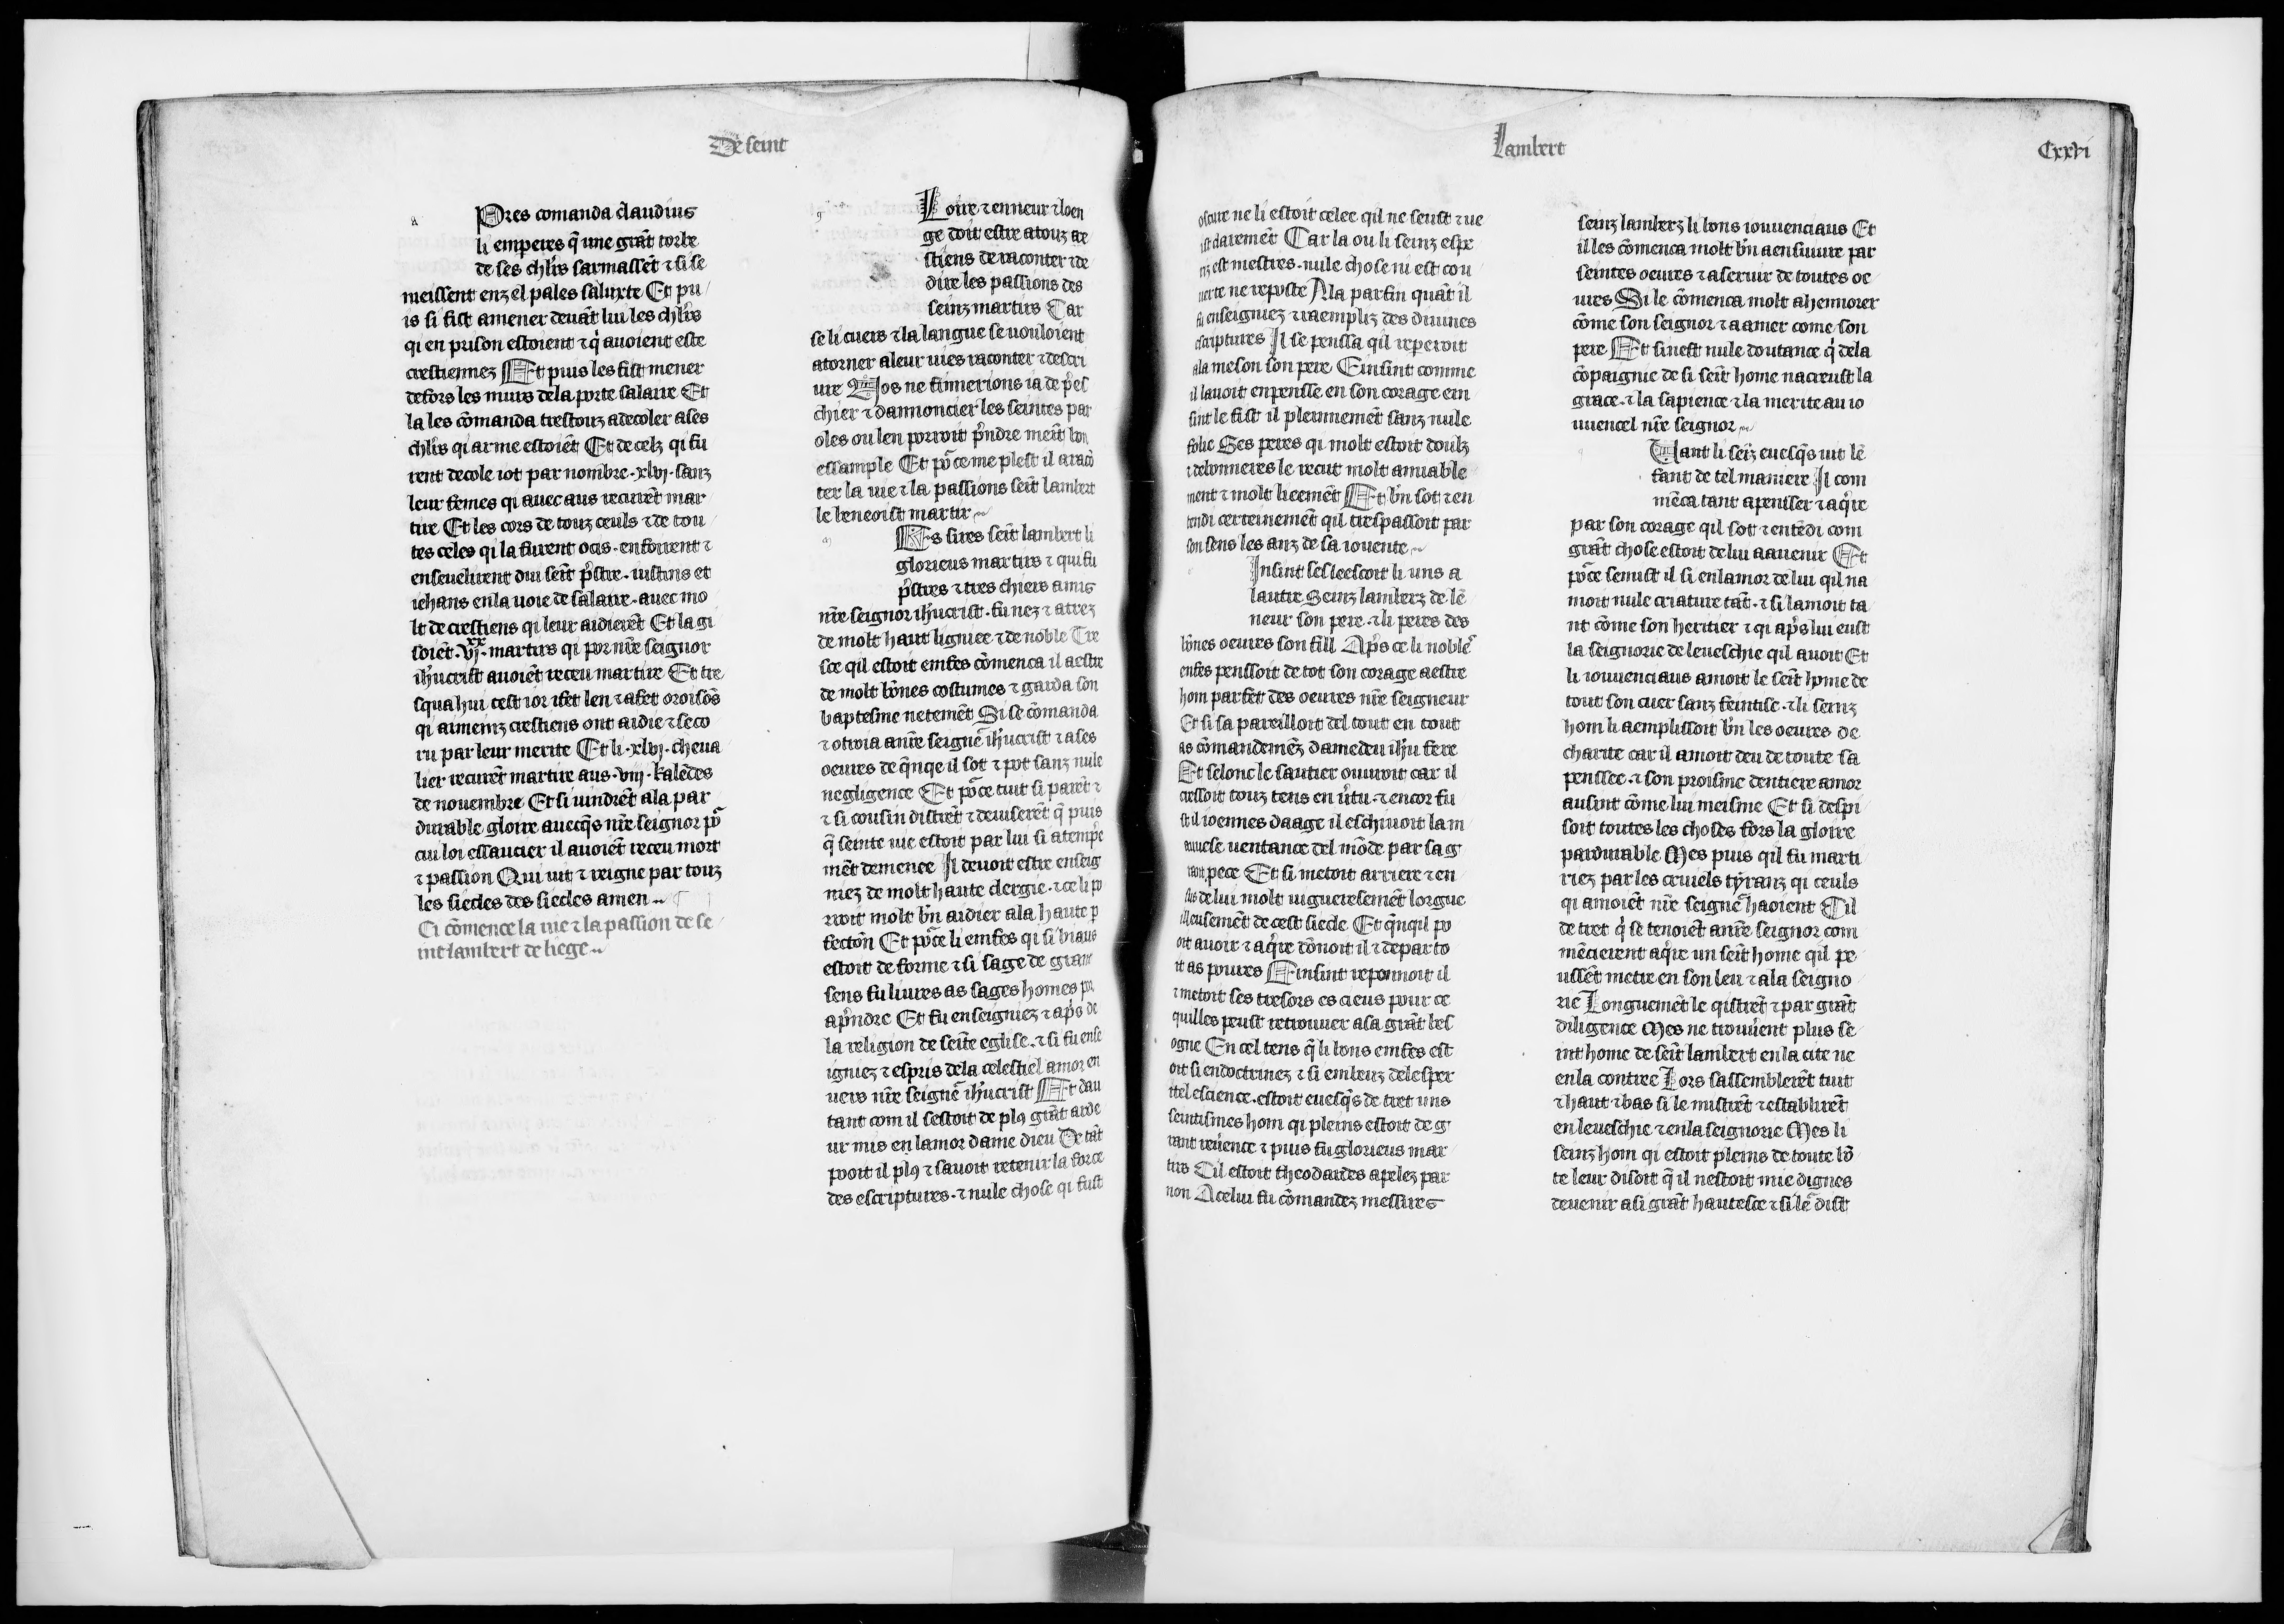
Shelfmark: Paris, BnF, fr. 411
Century: 14